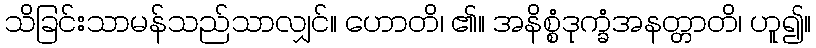
သိခြင်းသာမန်သည်သာလျှင်။ ဟောတိ၊ ၏။ အနိစ္စံဒုက္ခံအနတ္တာတိ၊ ဟူ၍။